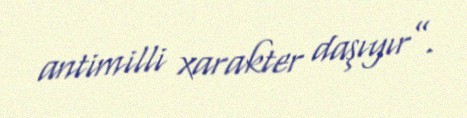
antimilli xarakter daşıyır”.